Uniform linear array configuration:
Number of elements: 4
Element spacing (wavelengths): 0.25
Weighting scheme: blackman
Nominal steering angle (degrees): -60
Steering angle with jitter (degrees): -61.108
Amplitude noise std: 0.05
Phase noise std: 0.05

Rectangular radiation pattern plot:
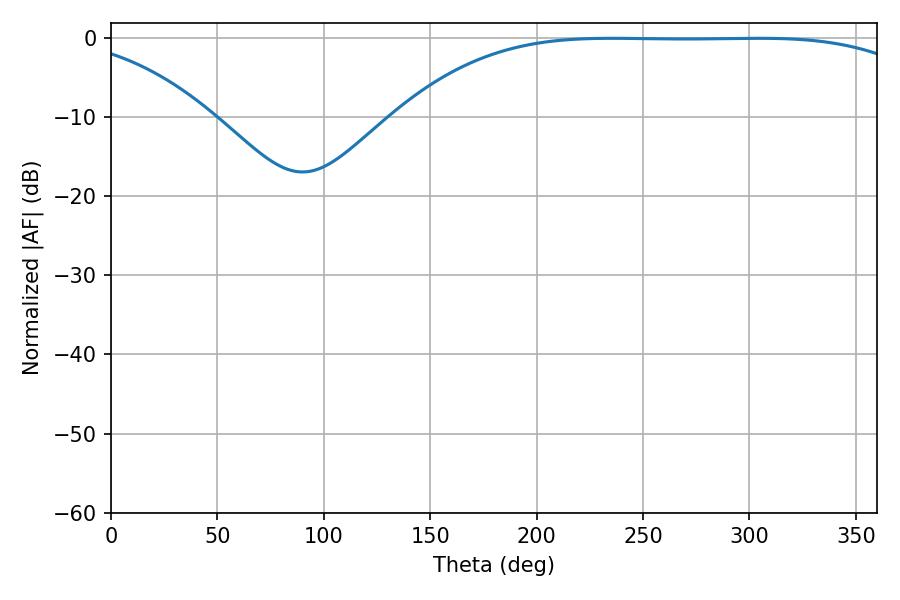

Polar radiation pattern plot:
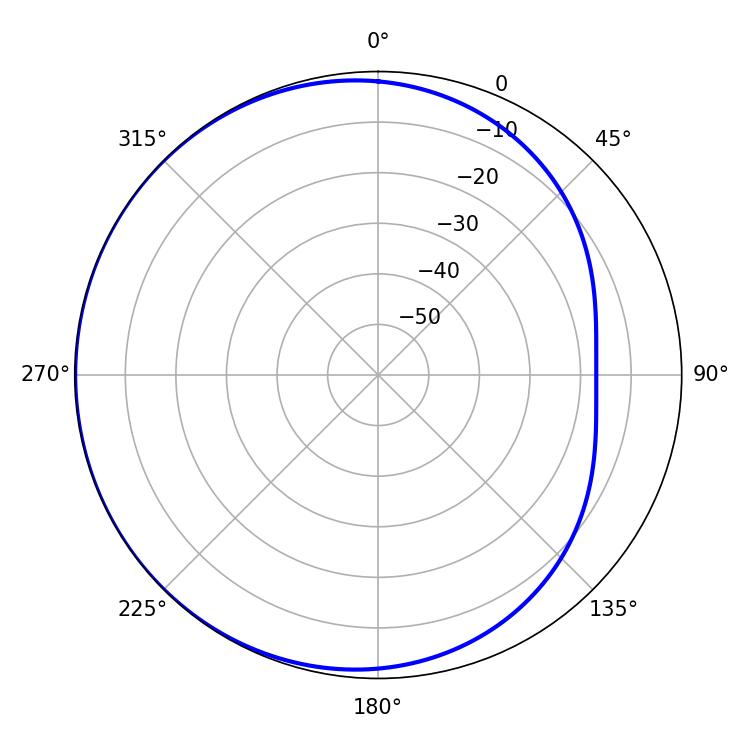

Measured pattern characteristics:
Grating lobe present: FALSE
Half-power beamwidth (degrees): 190.08
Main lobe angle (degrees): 235.44